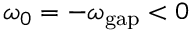
\omega _ { 0 } = - \omega _ { \mathrm { g a p } } < 0